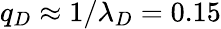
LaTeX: q_{D}\approx 1/\lambda_{D}=0.15